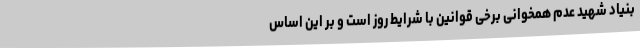
بنیاد شهید عدم همخوانی برخی قوانین با شرایط روز است و بر این اساس